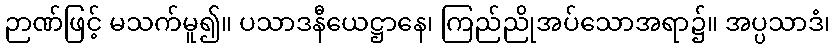
ဉာဏ်ဖြင့် မသက်မူ၍။ ပသာဒနီယေဋ္ဌာနေ၊ ကြည်ညိုအပ်သောအရာ၌။ အပ္ပသာဒံ၊